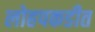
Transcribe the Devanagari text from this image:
लोहपकडीत